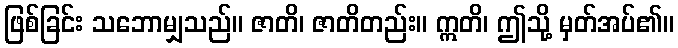
ဖြစ်ခြင်း သဘောမျှသည်။ ဇာတိ၊ ဇာတိတည်း။ ဣတိ၊ ဤသို့ မှတ်အပ်၏။